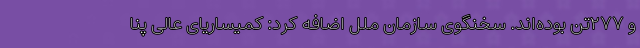
و ۲۷۷تن بوده‌اند. سخنگوی سازمان ملل اضافه کرد: کمیساریای عالی پنا